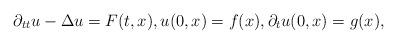
LaTeX: \begin{align*}\partial_{tt}u-\Delta u=F(t,x), u(0,x)=f(x), \partial_tu(0,x)=g(x),\end{align*}